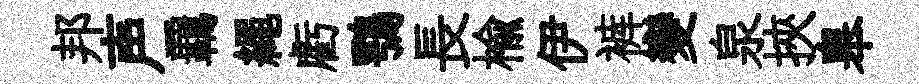
邦声覊繩虧鶚長榆伊裤變泉挾皋